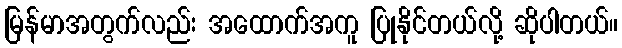
မြန်မာအတွက်လည်း အထောက်အကူ ပြုနိုင်တယ်လို့ ဆိုပါတယ်။